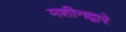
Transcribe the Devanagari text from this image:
मशीनद्वारे